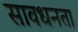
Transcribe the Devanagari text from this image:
सावधनता